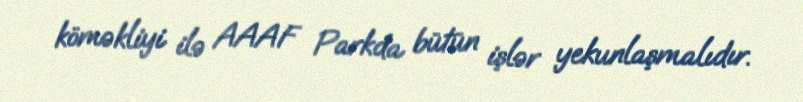
köməkliyi ilə AAAF Parkda bütün işlər yekunlaşmalıdır.